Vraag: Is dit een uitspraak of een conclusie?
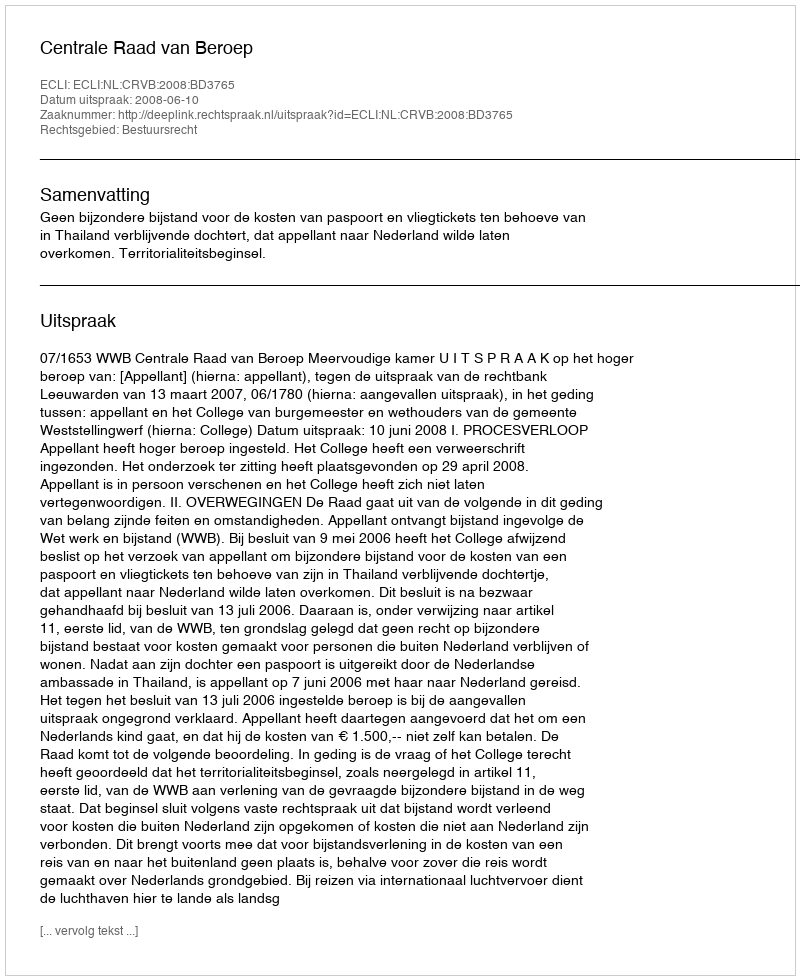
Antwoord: Uitspraak